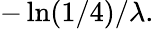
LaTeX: -\ln(1/4)/\lambda.